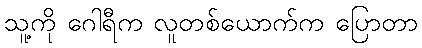
သူ့ကို ဂေါရီက လူတစ်ယောက်က ပြောတာ